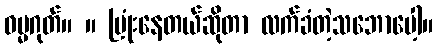
ဓမ္မဂုတ်။ ။ ပြုံးနေတယ်ဆိုတာ လက်ခံတဲ့သဘောပေါ့။